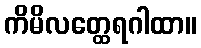
ကိမိလတ္ထေရဂါထာ။